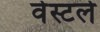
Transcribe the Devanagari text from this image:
वेस्टले